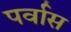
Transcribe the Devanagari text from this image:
पर्वास